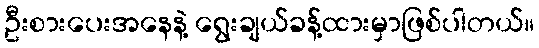
ဦးစားပေးအနေနဲ့ ရွေးချယ်ခန့်ထားမှာဖြစ်ပါတယ်။